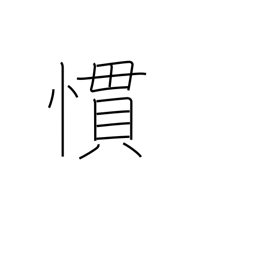
Meaning: accustomed